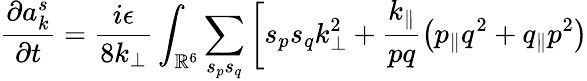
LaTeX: {\frac{\partial a_{k}^{s}}{\partial t}}=\frac{i\epsilon}{8k_{\perp}}\int_{\mathbb{R}^{6}}\sum_{s_{p}s_{q}}\left[s_{p}s_{q}k_{\perp}^{2}+\frac{k_{\parallel}}{pq}\left(p_{\parallel}q^{2}+q_{\parallel}p^{2}\right)\right.